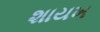
શાયખ